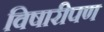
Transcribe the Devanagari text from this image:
विषारीपण